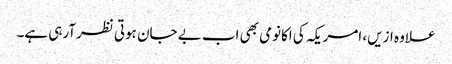
علاوہ ازیں، امریکہ کی اکانومی بھی اب بے جان ہوتی نظرآرہی ہے۔